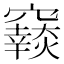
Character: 𥨴